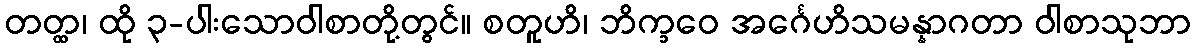
တတ္ထ၊ ထို ၃-ပါးသောဝါစာတို့တွင်။ စတူဟိ၊ ဘိက္ခဝေ အင်္ဂေဟိသမန္နာဂတာ ဝါစာသုဘာ